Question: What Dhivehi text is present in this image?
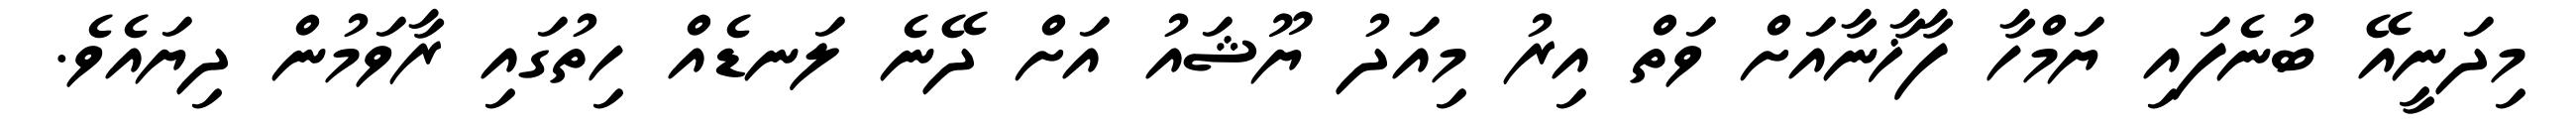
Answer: މިދަނީއޭ ބުނެފައި ޔަމްހާ ފާޚާނާއަށް ވަތް އިރު މިއަދު ޔޫޝައު އަށް ދޭނެ ލަނޑެއް ހިތުގައި ރާވަމުން ދިޔައެވެ.